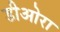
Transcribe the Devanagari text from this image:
डीओरा